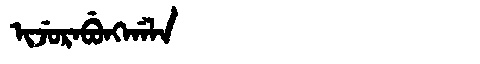
Manchu: ᡳᠵᡠᡵᠠᠪᡠᠩᡤᠠᠯᠠ
Romanization: IJURABUNGGALA